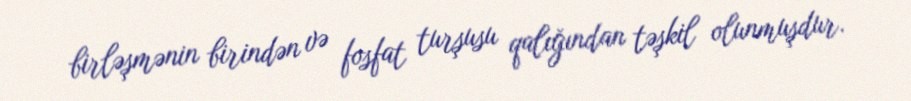
birləşmənin birindən və fosfat turşusu qalığından təşkil olunmuşdur.